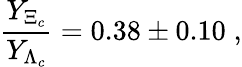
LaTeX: \frac{Y_{\Xi_{c}}}{Y_{\Lambda_{c}}}=0.38\pm 0.10\; ,